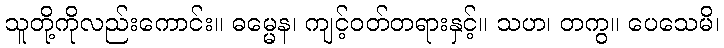
သူတို့ကိုလည်းကောင်း။ ဓမ္မေန၊ ကျင့်ဝတ်တရားနှင့်။ သဟ၊ တကွ။ ပေသေမိ၊